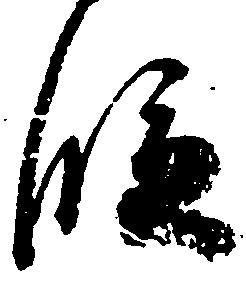
段